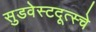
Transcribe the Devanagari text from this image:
सुडवेस्टदूत्स्चे